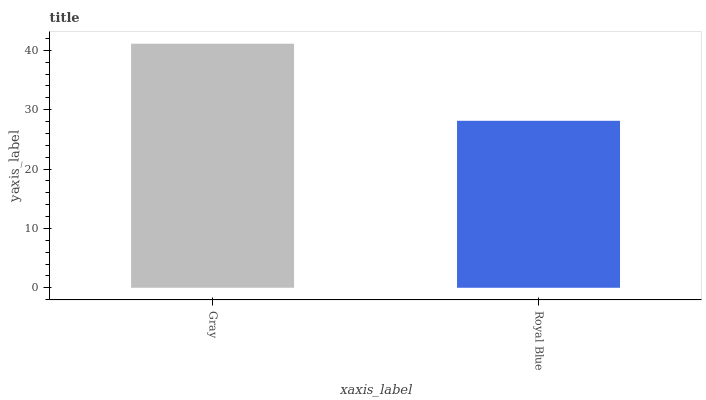
| xaxis_label | bars |
 | --- | --- |
 | Gray | 41.1 |
 | Royal Blue | 28.1 |